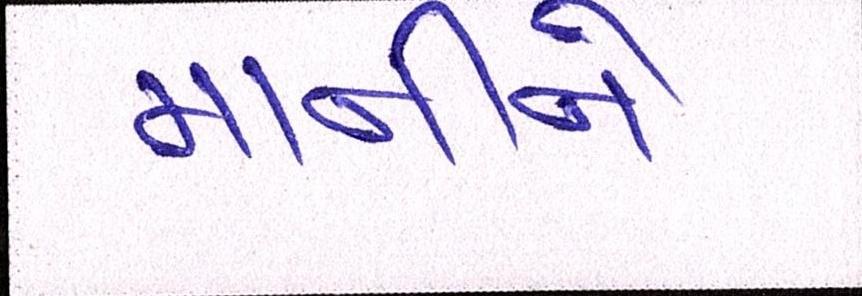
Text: માનીને